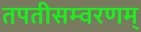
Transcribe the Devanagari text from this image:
तपतीसम्वरणम्